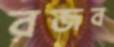
রজব